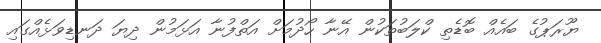
ޔޫރަޕުގެ ބައެއް ބޮޑެތި ކްލަބުތަކުން އޭނާ ހޯދުމަށް އަތްފުނާ އަޅަމުން ދިޔަ ދަނޑިވަޅެއްގައި